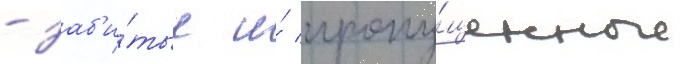
- заб'и́тые и́ пропу́щенные